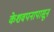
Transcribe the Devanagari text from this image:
केशवपनापासून